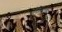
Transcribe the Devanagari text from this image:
ऑर्केस्ट्रेशन